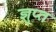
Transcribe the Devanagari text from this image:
ज्ञुप्‍त